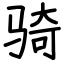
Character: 骑